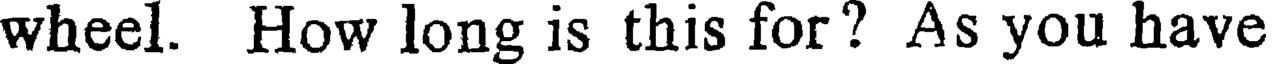
wheel. How long is this for? As you have